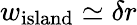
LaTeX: w_{\mathrm{island}}\simeq\delta r